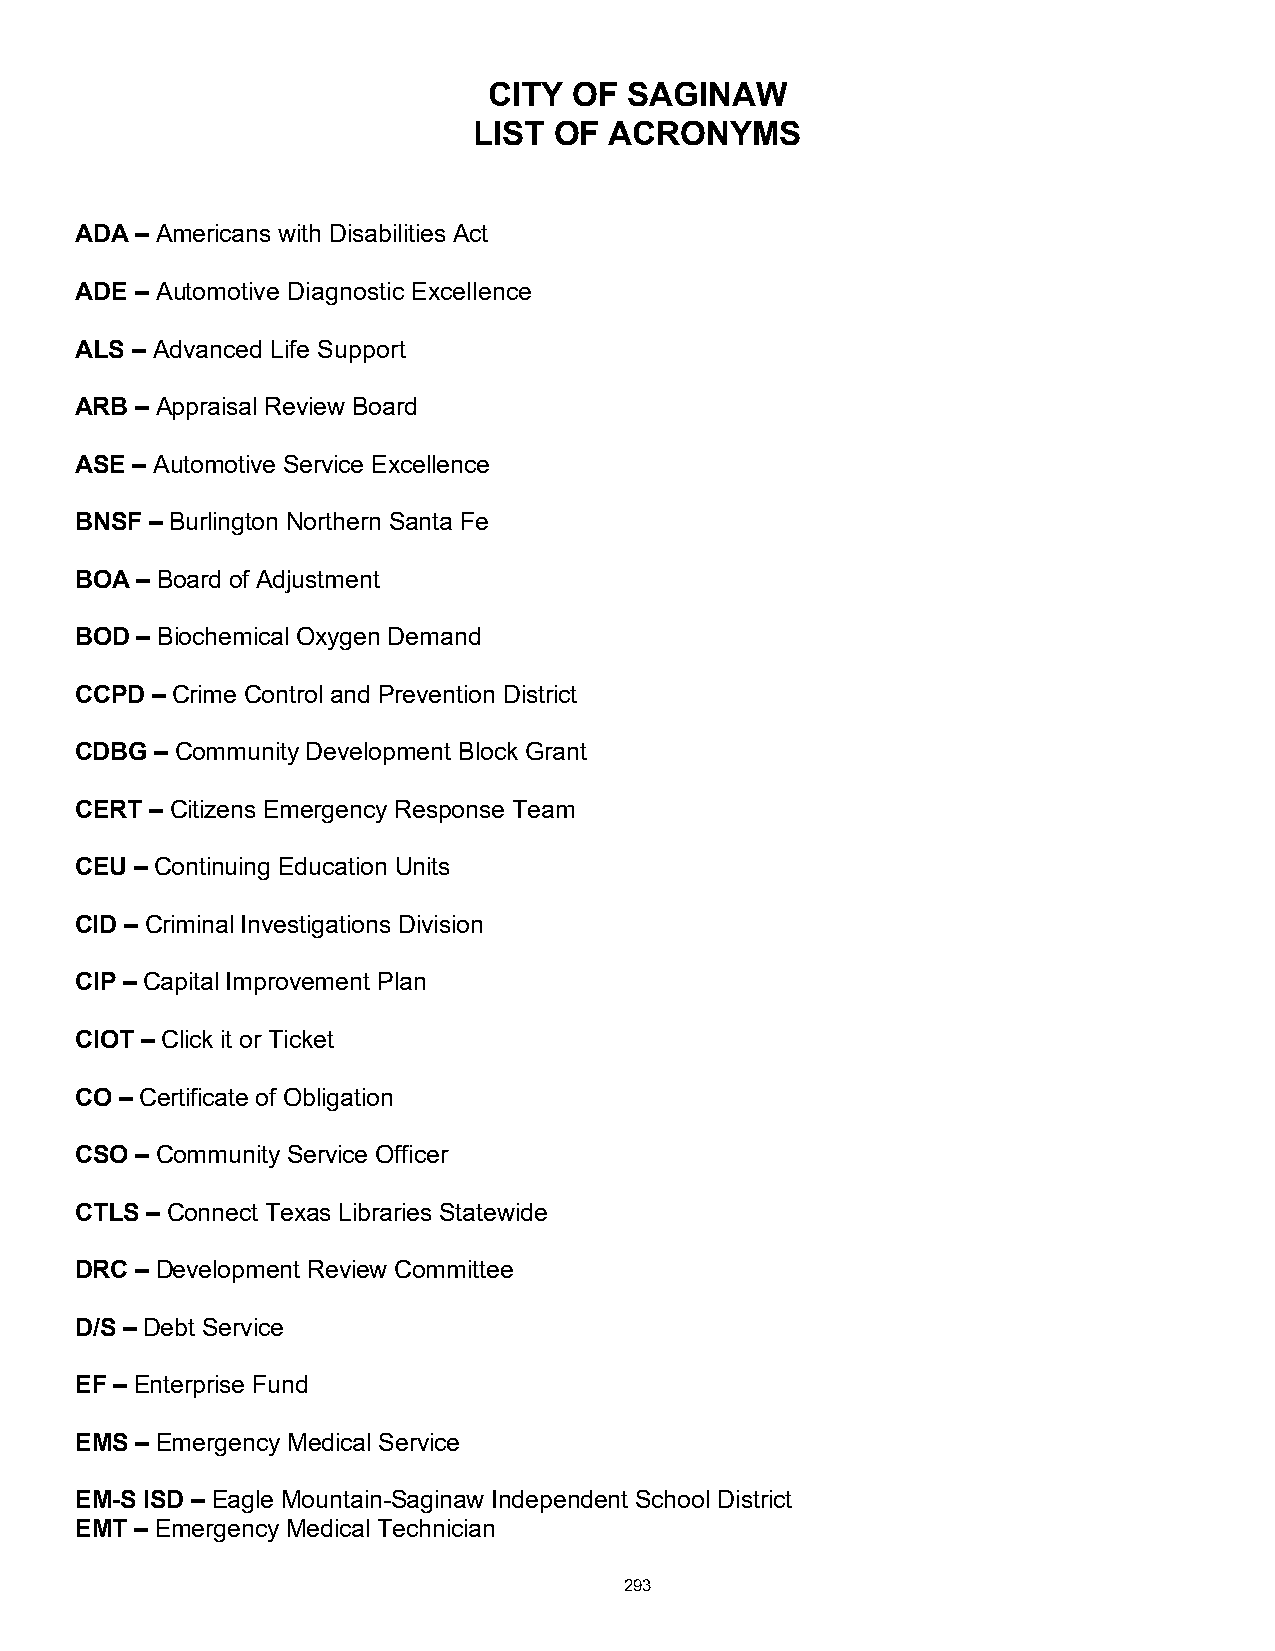
CITY  OF  SAGINAW
 LIST  OF ACRONYMS
 ADA – Americans with Disabilities Act
 ADE – Automotive Diagnostic Excellence
 ALS – Advanced Life Support
 ARB – Appraisal Review Board
 ASE – Automotive Service Excellence
 BNSF – Burlington Northern Santa Fe
 BOA – Board of Adjustment
 BOD – Biochemical Oxygen Demand
 CCPD – Crime Control and Prevention District
 CDBG – Community Development Block Grant
 CERT – Citizens Emergency Response Team
 CEU – Continuing Education Units
 CID – Criminal Investigations Division
 CIP – Capital Improvement Plan
 CIOT – Click it or Ticket
 CO – Certificate of Obligation
 CSO – Community Service Officer
 CTLS – Connect Texas Libraries Statewide
 DRC – Development Review Committee
 D/S – Debt Service
 EF – Enterprise Fund
 EMS – Emergency Medical Service
 EM-S ISD – Eagle Mountain-Saginaw Independent School District
 EMT – Emergency Medical Technician
 293